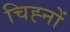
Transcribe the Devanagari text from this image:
चिह्‍नों